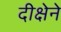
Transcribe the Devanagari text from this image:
दीक्षेने